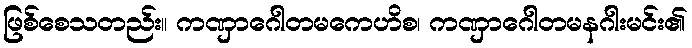
ဖြစ်စေသတည်း။ ကဏှာဂေါတမကေဟိစ၊ ကဏှာဂေါတမနဂါးမင်း၏